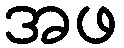
အဖ